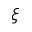
\xi